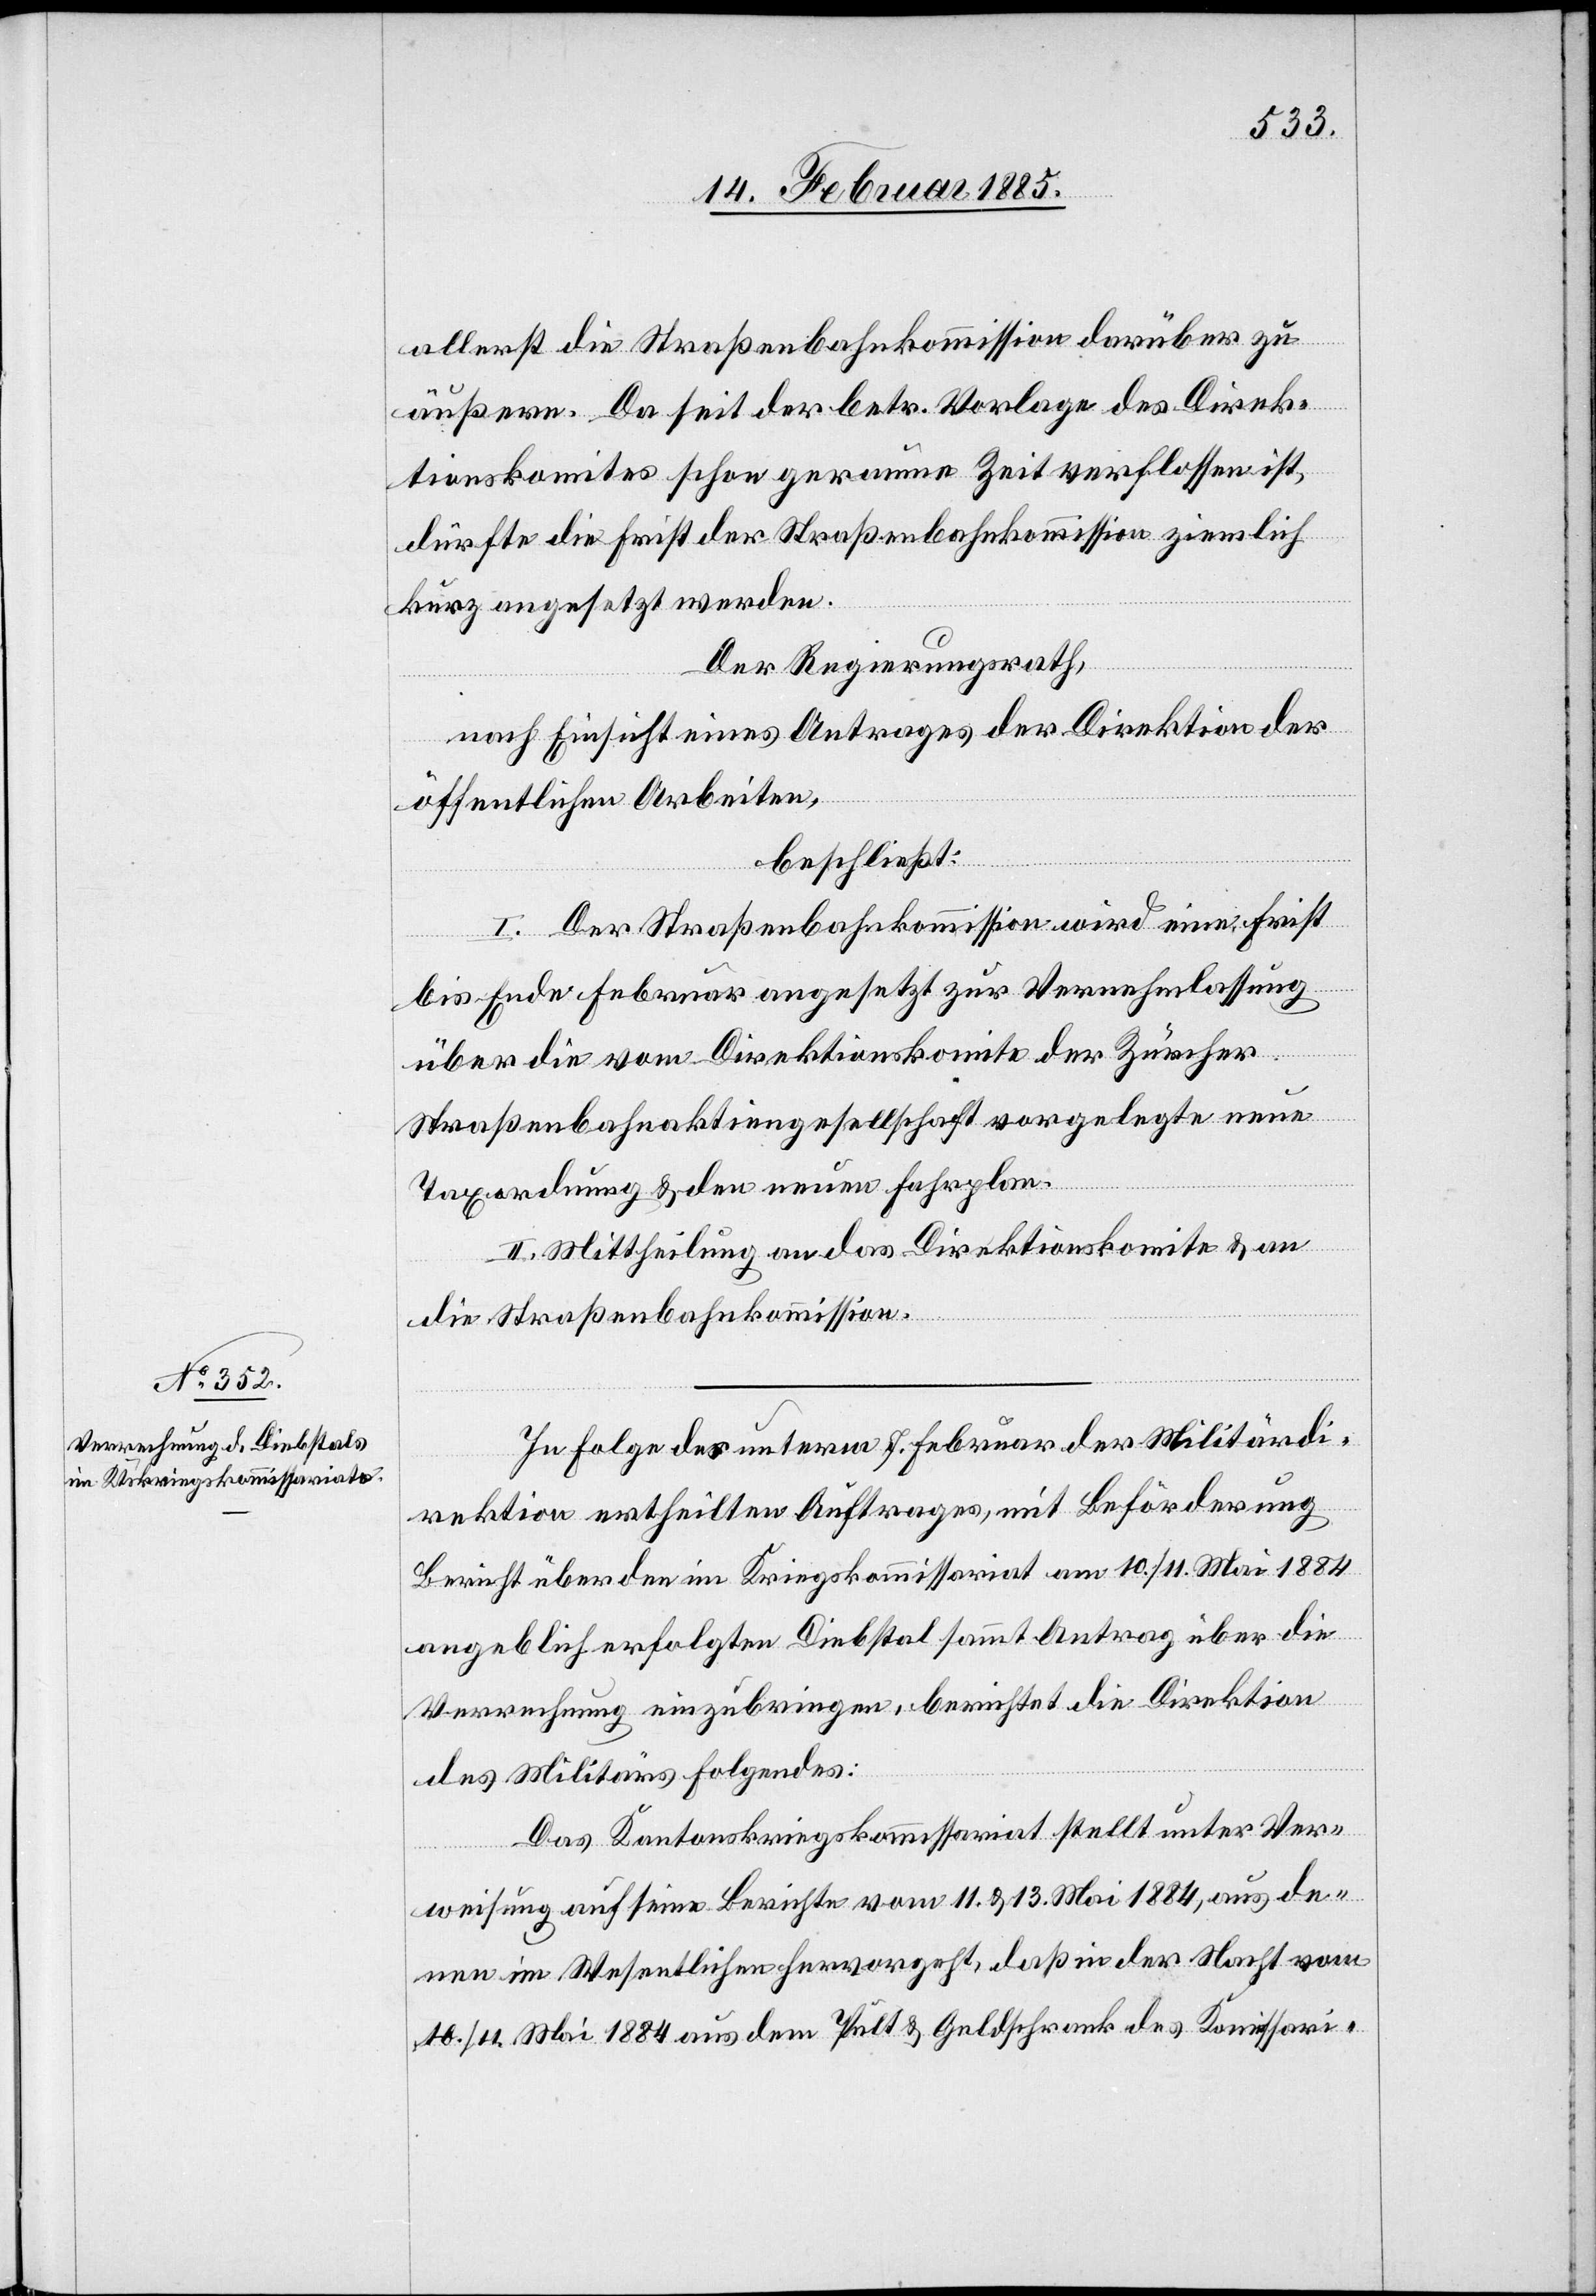
aller[er]st die Straßenbahnkommission darüber zu
äußern. Da seit der betr. Vorlage des Direk¬
tionskomites schon geraume Zeit verflossen ist,
dürfte die Frist der Straßenbahnkommission ziemlich
kurz angesetzt werden.
Der Regierungsrath,
nach Einsicht eines Antrages der Direktion der
öffentlichen Arbeiten,
beschließt:
I. Der Straßenbahnkommission wird eine Frist
bis Ende Februar angesetzt zur Vernehmlassung
über die vom Direktionskomite der Zürcher
Straßenbahnaktiengesellschaft vorgelegte neue
Taxordnung & den neuen Fahrplan.
II. Mittheilung an das Direktionskomite & an
die Straßenbahnkommission.
In Folge des unterm 7. Februar der Militärdi¬
rektion ertheilten Auftrages, mit Beförderung
Bericht über den im Kriegskommissariat am 10./11. Mai 1884
angeblich erfolgten Diebstal sammt Antrag über die
Verrechnung einzubringen, berichtet die Direktion
des Militärs folgendes:
Das Kantonskriegskommissariat stellt unter Ver¬
weisung auf seine Berichte vom 11. & 13. Mai 1884, aus de¬
nen im Wesentlichen hervorgeht, daß in der Nacht vom
10./11. Mai 1884 aus dem Pult & Geldschrank des Kommissari-